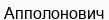
Апполонович